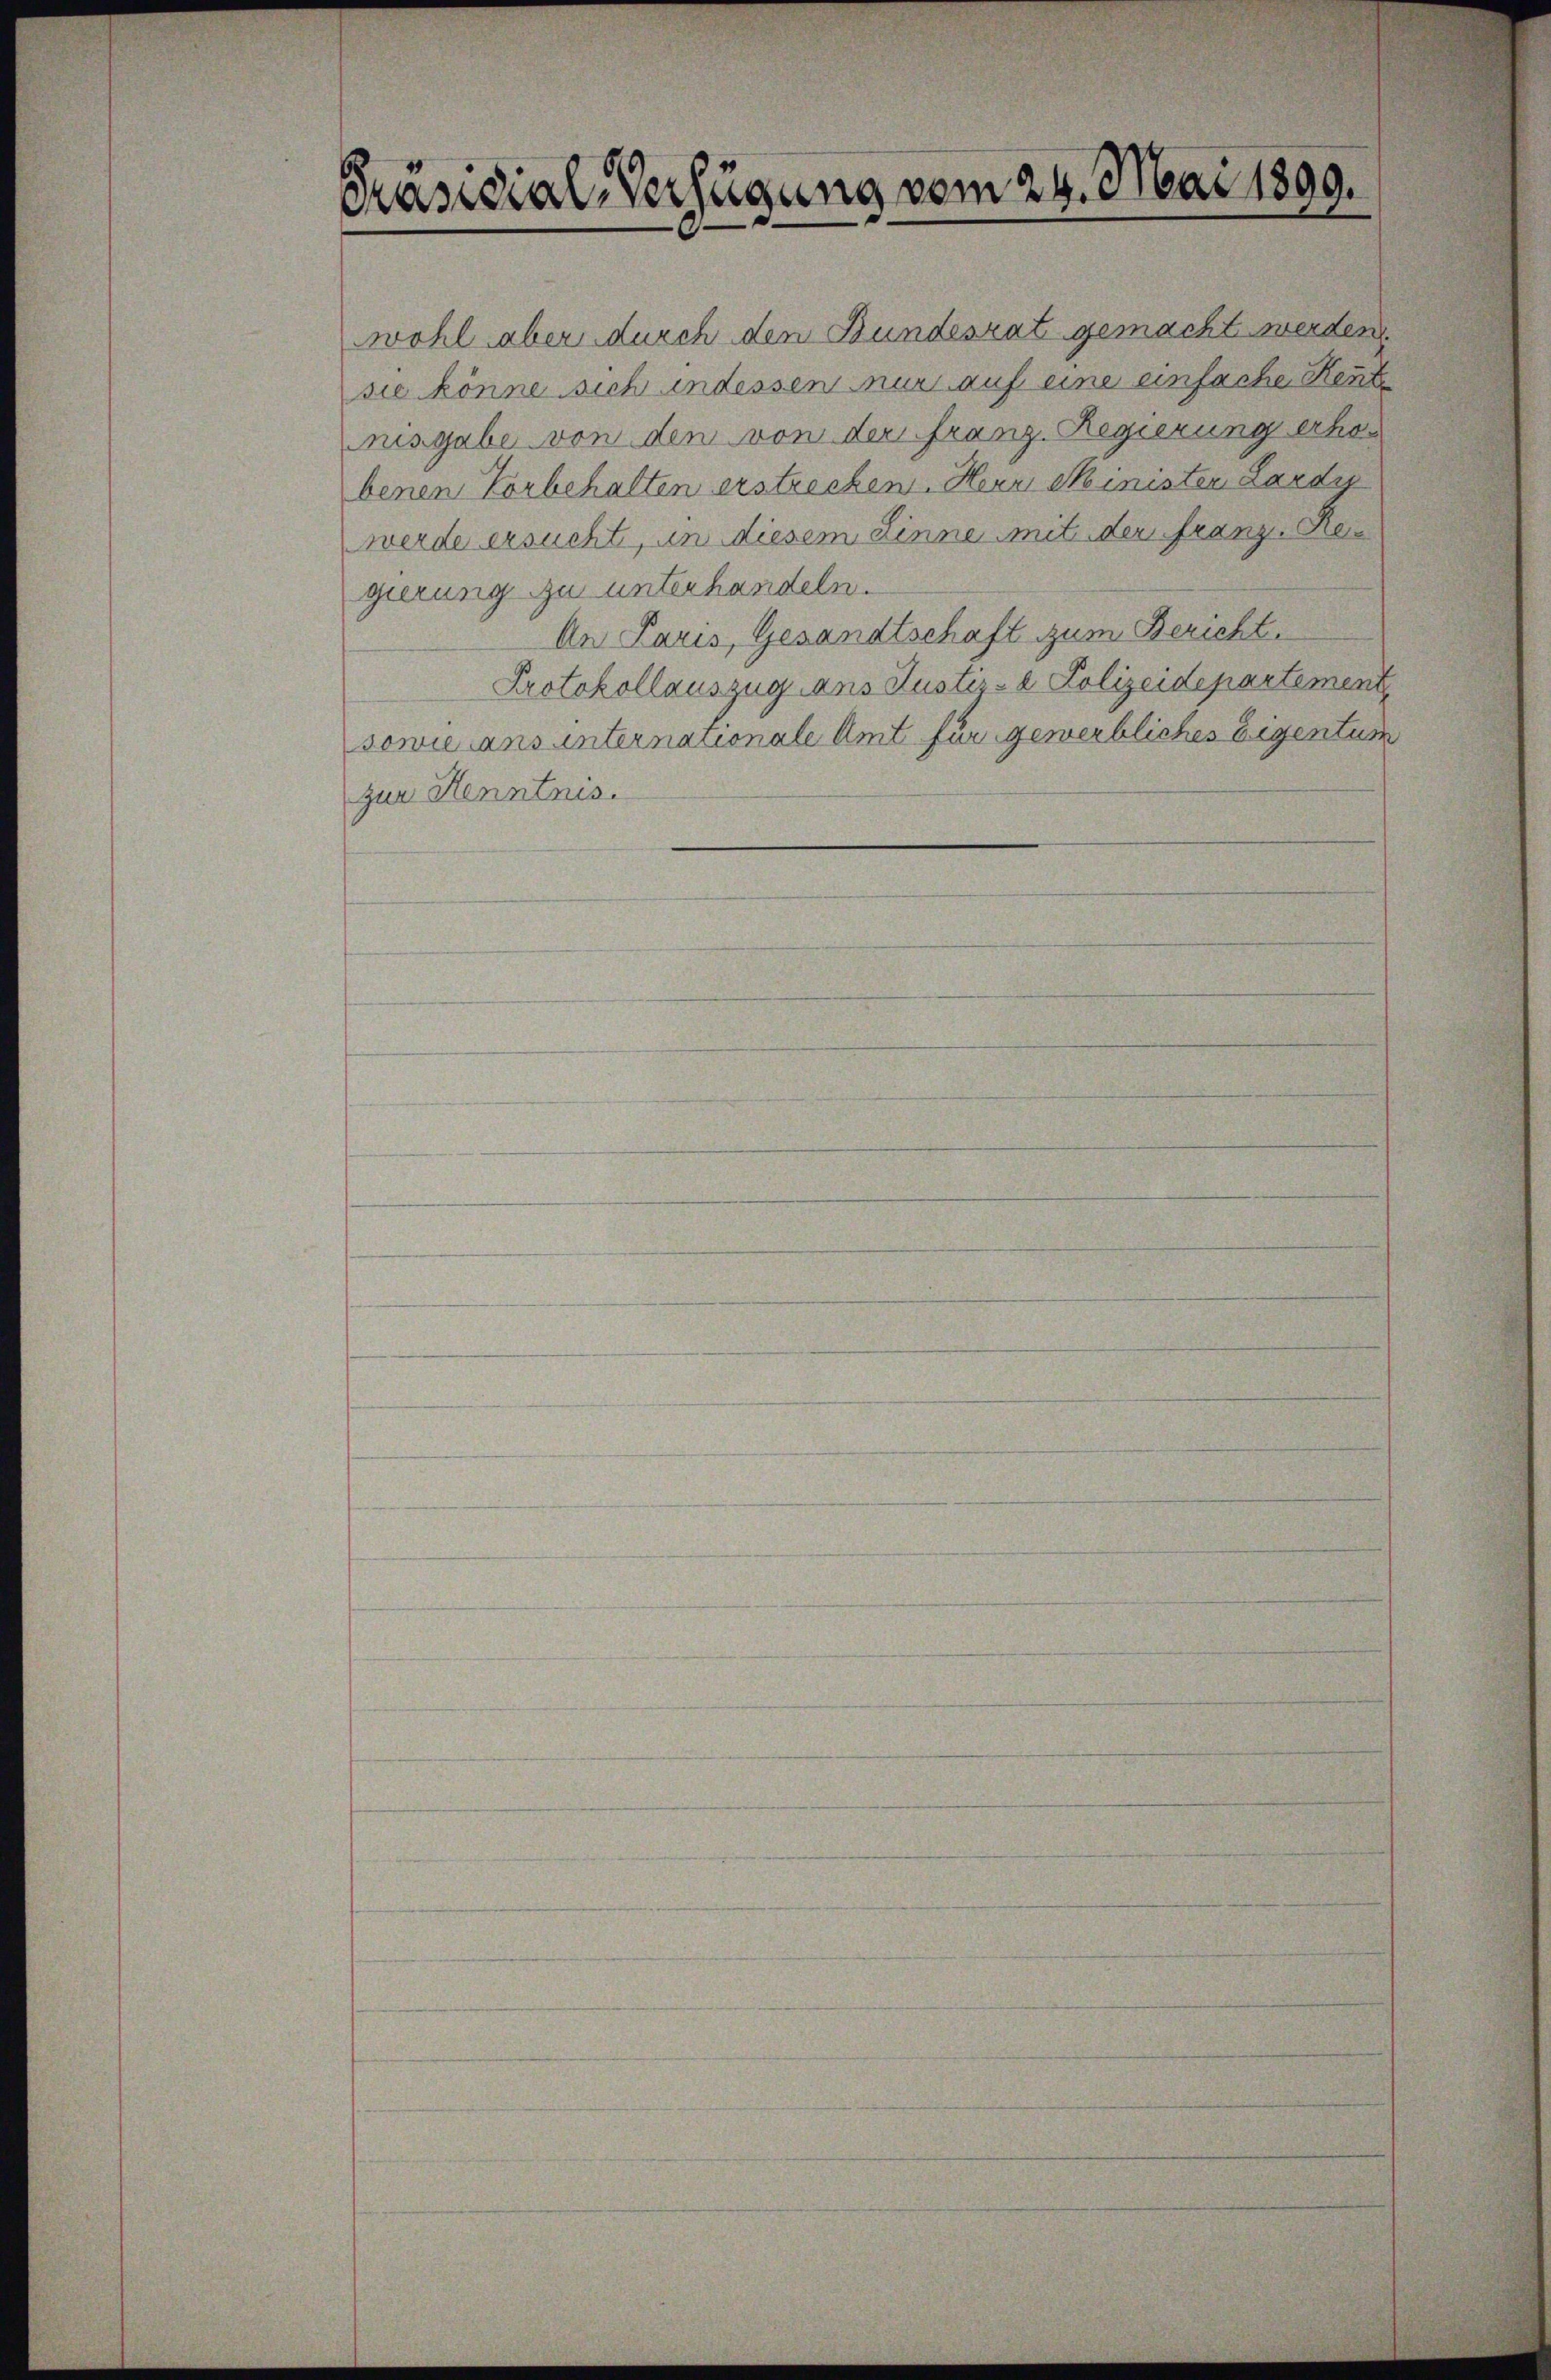
Präsidial-Verfügung vom 24. Mai 1899.

wohl aber durch den Bundesrat gemacht werden
sie könne sich indessen nur auf eine einfache Kennt
nisgabe von den von der franz. Regierung erhobenen Vorbehalten erstrecken. Herr Ministen Lardy
werde ersucht, an diesem Linne mit der franz. Reigierung zu unterhandeln.
An Paris, Gesandtschaft zum Bericht.
Protokollauszug ans Justiz- & Polizeidepartement
sowie ans internationale Amt für gewerbliches Eigentum
zur Henntnis.